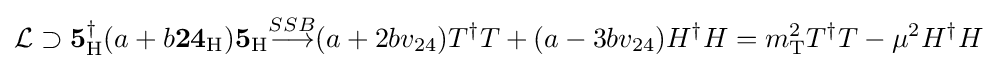
{\mathcal {L}}\supset {\mathbf {5} }_{\mathrm {H} }^{\dagger }(a+b\mathbf {24} _{\mathrm {H} }){\mathbf {5} }_{\mathrm {H} }{\overset {SSB}{\longrightarrow }}(a+2bv_{24})T^{\dagger }T+(a-3bv_{24})H^{\dagger }H=m_{\mathrm {T} }^{2}T^{\dagger }T-\mu ^{2}H^{\dagger }H